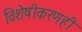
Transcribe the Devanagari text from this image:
विशेषीकरणही